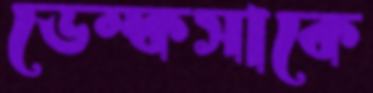
ডেম্কসাকে